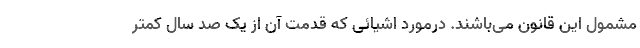
مشمول این قانون می‌باشند. درمورد ‌اشیائی که قدمت آن از یک صد سال کمتر